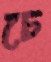
চে